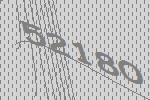
52180